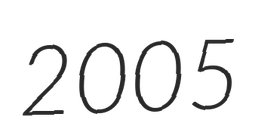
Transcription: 2005